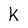
Character: K